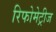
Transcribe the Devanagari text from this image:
रिफोमेट्रीज